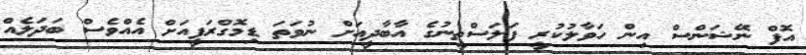
އޮފް ނޭޝަންސް އިން ހަވާލުކުރީ ފަލަސްޠީނުގެ އާބާދީއަށް ނުވަތަ ޑިމޮގްރަފީއަށް އެއްވެސް ބަދަލެއް